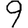
Digit: 9